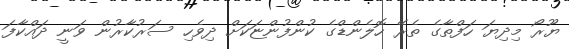
ޔޫރޯ މިދިޔަ ހަފްތާގެ ތެރޭ ހޮލެންޑްގެ ކުންފުންޏަކަށް ދިވެހި ސަރުކާރުން ވަނީ ދައްކާފަ